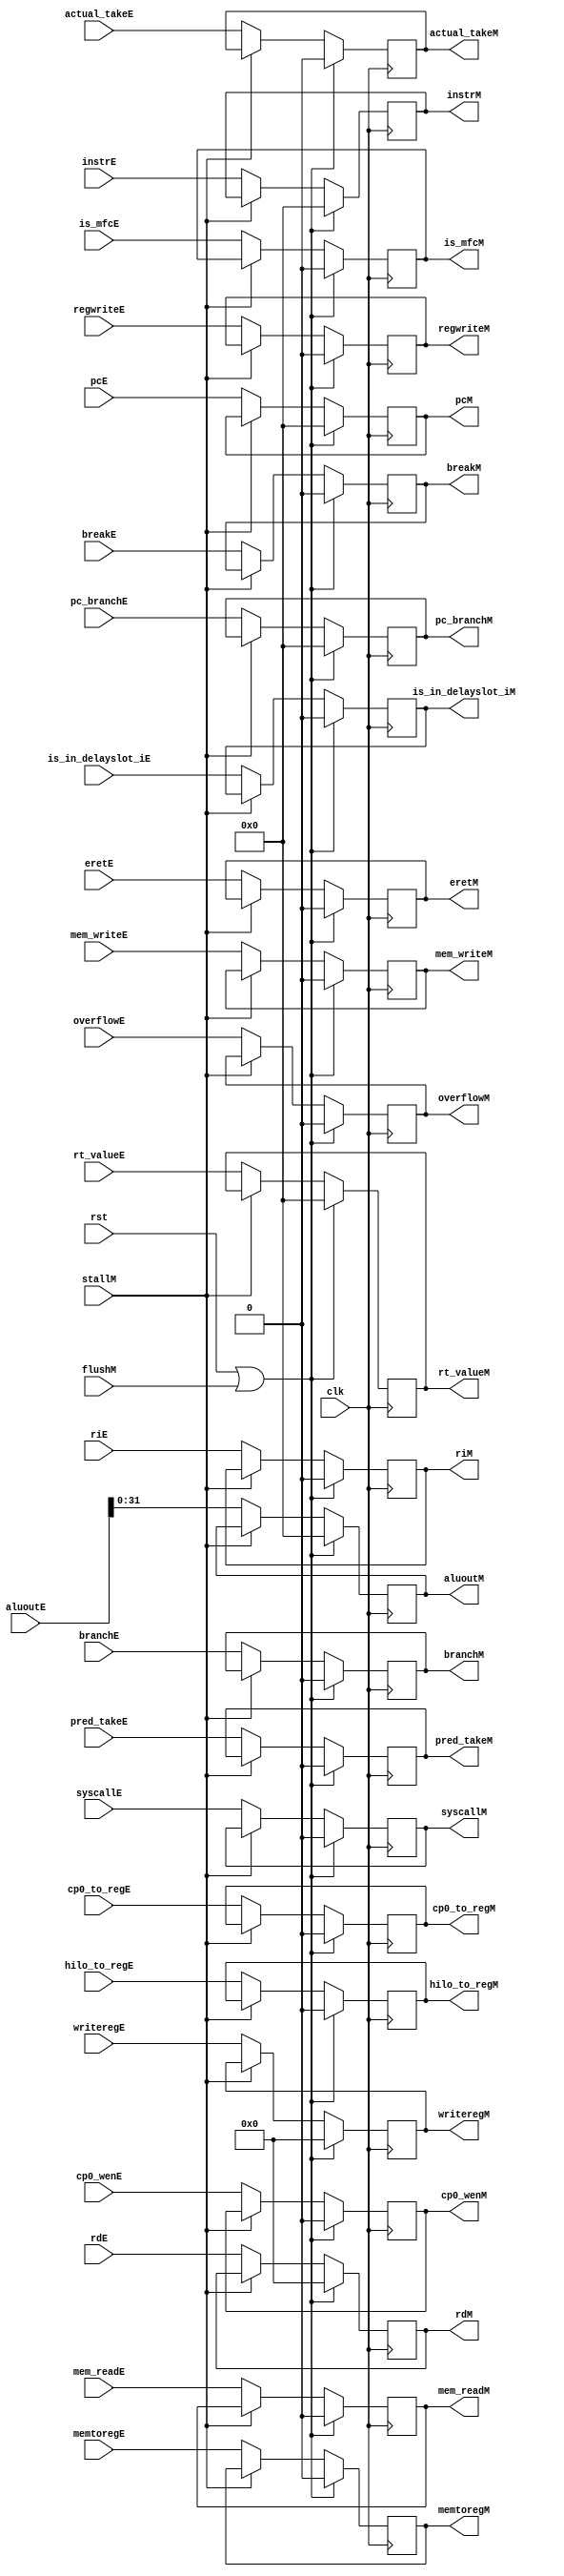
`timescale 1ns / 1ps
module Execute_Mem (
    input wire clk, rst,flushM,
    input wire stallM,
    input wire [31:0] pcE,
    input wire [63:0] aluoutE,
    input wire [31:0] rt_valueE,
    input wire [4:0] writeregE,
    input wire regwriteE,
    input wire [31:0] instrE,
    input wire branchE,
    input wire pred_takeE,
    input wire [31:0] pc_branchE,
    input wire overflowE,
    input wire is_in_delayslot_iE,
    input wire [4:0] rdE,
    input wire actual_takeE,
    input wire mem_readE, mem_writeE,
    input wire memtoregE,         	//result 0->aluout, 1->read_data
    input wire hilo_to_regE,			// 00--aluoutM; 01--hilo_o; 10 11--rdataM;
    input wire riE,
    input wire breakE, syscallE, eretE, 
    input wire cp0_wenE,
    input wire cp0_to_regE,
    input wire is_mfcE,   //mfc0

    output reg [31:0] pcM,
    output reg [31:0] aluoutM,
    output reg [31:0] rt_valueM,
    output reg [4:0] writeregM,
    output reg regwriteM,
    output reg [31:0] instrM,
    output reg branchM,
    output reg pred_takeM,
    output reg [31:0] pc_branchM,
    output reg overflowM,        
    output reg is_in_delayslot_iM,
    output reg [4:0] rdM,
    output reg actual_takeM,
    output reg mem_readM, mem_writeM,
    output reg memtoregM,         	//result 0->aluout, 1->read_data
    output reg hilo_to_regM,			// 00--aluoutM; 01--hilo_o; 10 11--rdataM;
    output reg riM,
    output reg breakM, syscallM, eretM, 
    output reg cp0_wenM,
    output reg cp0_to_regM,
    output reg is_mfcM   //mfc0
);
    always @(posedge clk) begin
        if(rst | flushM) begin
            pcM                     <=              0;
            aluoutM                <=              0;
            rt_valueM               <=              0;
            writeregM              <=              0;
            regwriteM              <=              0;
            instrM                  <=              0;
            branchM                 <=              0;
            pred_takeM              <=              0;
            pc_branchM              <=              0;
            overflowM               <=              0;
            is_in_delayslot_iM      <=              0;
            rdM                     <=              0;
            actual_takeM            <=              0;
            mem_readM               <=              0;
            mem_writeM             <=              0;
            memtoregM               <=              0;
            hilo_to_regM           <=              0;     
            riM                     <=              0;
            breakM                  <=              0;
            syscallM                <=              0;  
            eretM                   <=              0;
            cp0_wenM                <=              0;
            cp0_to_regM             <=              0;
            is_mfcM                 <=              0;
        end
        else if(~stallM) begin
            pcM                     <=           pcE                ;
            aluoutM                <=           aluoutE[31:0]     ;
            rt_valueM               <=           rt_valueE          ;
            writeregM              <=           writeregE         ;
            regwriteM              <=           regwriteE          ;
            instrM                  <=           instrE             ;
            branchM                 <=           branchE            ;
            pred_takeM              <=           pred_takeE         ;
            pc_branchM              <=           pc_branchE         ;
            overflowM               <=           overflowE          ;
            is_in_delayslot_iM      <=           is_in_delayslot_iE ;
            rdM                     <=           rdE                ;
            actual_takeM            <=           actual_takeE       ;
            mem_readM               <=             mem_readE;
            mem_writeM             <=              mem_writeE;
            memtoregM               <=              memtoregE;
            hilo_to_regM           <=              hilo_to_regE;     
            riM                     <=              riE;
            breakM                  <=              breakE;
            syscallM                <=              syscallE;  
            eretM                   <=              eretE;
            cp0_wenM                <=              cp0_wenE;
            cp0_to_regM             <=              cp0_to_regE;
            is_mfcM                 <=              is_mfcE;
        end
    end
endmodule